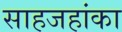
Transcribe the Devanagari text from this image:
साहजहांका